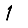
Digit: 1